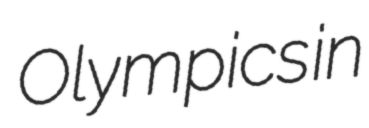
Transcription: Olympics in